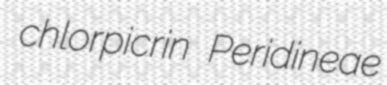
chlorpicrin Peridineae